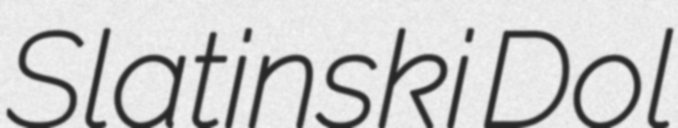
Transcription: Slatinski Dol